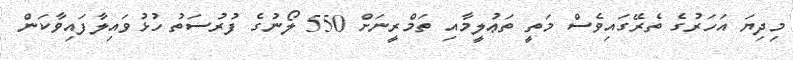
މިދިޔަ އަހަރުގެ ތެރޭގައިވެސް މަތީ ތަޢުލީމާއި ތަމްރީނަށް 550 ލޯނުގެ ފުރުސަތު ހުޅުވައިލާފައިވާކަން